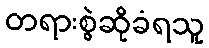
တရားစွဲဆိုခံရသူ